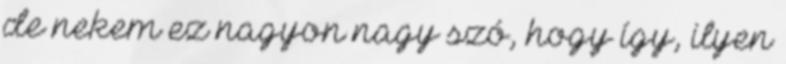
de nekem ez nagyon nagy szó, hogy így, ilyen